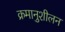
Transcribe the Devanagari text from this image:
क्रमानुशीलन